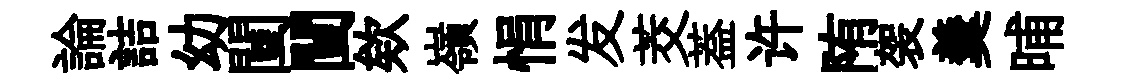
論詰幼闉闉欸嶺悁发茭葢许陏袈羹晡